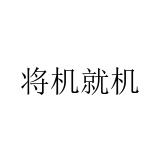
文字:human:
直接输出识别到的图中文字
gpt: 将机就机